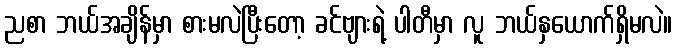
ညစာ ဘယ်အချိန်မှာ စားမလဲပြီးတော့ ခင်ဗျားရဲ့ ပါတီမှာ လူ ဘယ်နှယောက်ရှိမလဲ။